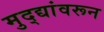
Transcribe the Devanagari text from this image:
मुद्द्यांवरून